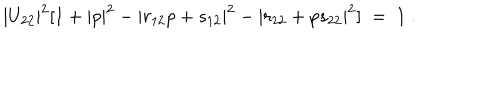
| U _ { 2 2 } | ^ { 2 } [ 1 + | p | ^ { 2 } - | r _ { 1 2 } p + s _ { 1 2 } | ^ { 2 } - | r _ { 2 2 } + p s _ { 2 2 } | ^ { 2 } ] \; = \; 1 \; .